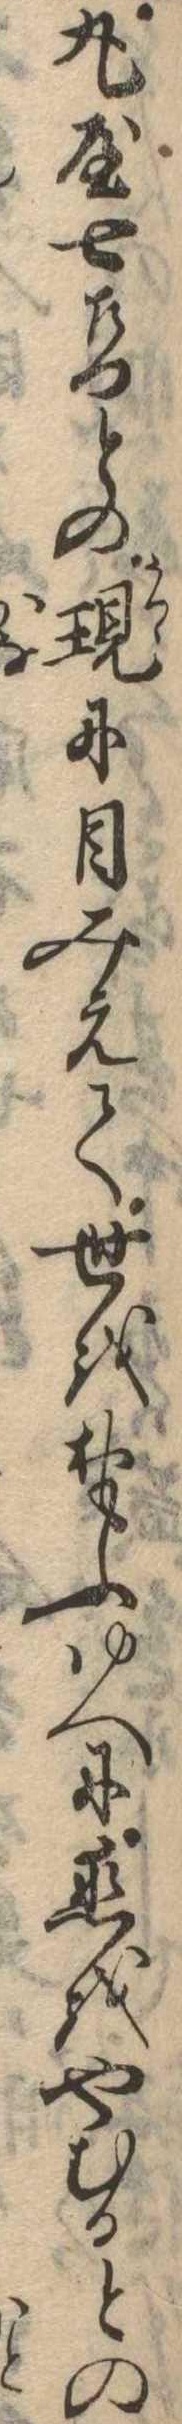
丸屋七左門との現に目みえて世をおもふゆへに恋をやむるとの